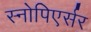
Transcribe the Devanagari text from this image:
स्नोपिएर्सर